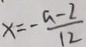
x = - \frac { a - 2 } { 1 2 }